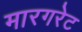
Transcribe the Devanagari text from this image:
मारगरेट